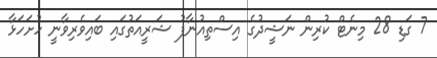
7 ގަޑި 28 މިނެޓް ކުރިން ނަޝީދުގެ އިސްތިއުނާފު ޝަރީއަތުގައި ބައިވެރިވާނީ ހުށަހަޅާ